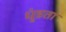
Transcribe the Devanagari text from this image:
धुंडता